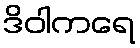
ဒိဝါကရေ